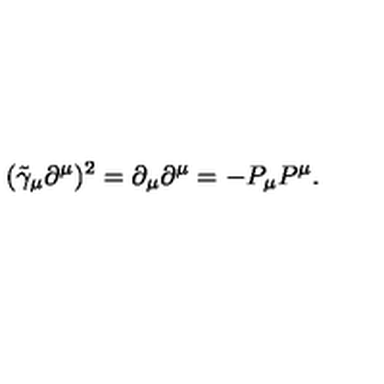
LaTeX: ( \tilde { \gamma } _ { \mu } \partial ^ { \mu } ) ^ { 2 } = \partial _ { \mu } \partial ^ { \mu } = - P _ { \mu } P ^ { \mu } .